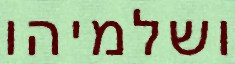
ושלמיהו